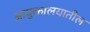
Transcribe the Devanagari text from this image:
आयुक्तालयातील